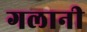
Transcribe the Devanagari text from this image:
गलानी